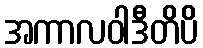
အကာလဝါဒီတိပိ